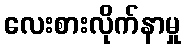
လေးစားလိုက်နာမှု